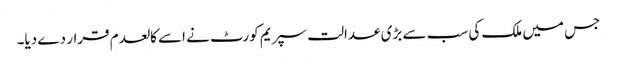
جس میں ملک کی سب سے بڑی عدالت سپریم کورٹ نے اسے کالعدم قرار دے دیا۔